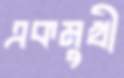
একমুখী